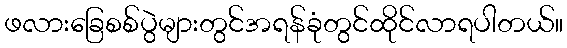
ဖလားခြေစစ်ပွဲများတွင်အရန်ခုံတွင်ထိုင်လာရပါတယ်။